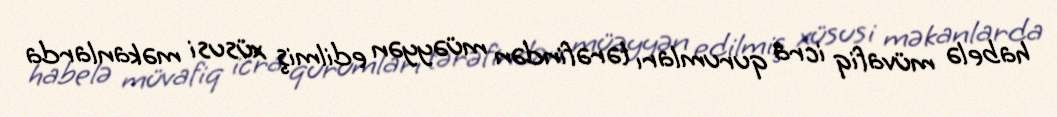
habelə müvafiq icra qurumları tərəfindən müəyyən edilmiş xüsusi məkanlarda